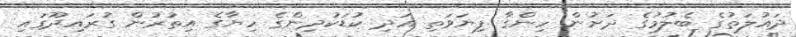
ދައުލަތުގެ ބެލުމުގެ ދަށުން ހިންގާ ފިޔަވަތި އަދި ކުޑަކުދިންގެ ހިޔާގެ އިތުރުން ގުރައިދޫގައި